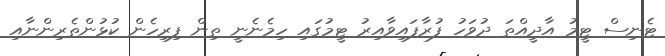
ޓެނިސް ޓީމު އާދީއްތަ ދުވަހު ފުރާފައިވާއިރު ޓީމުގައި ހިމެނެނީ ތިން ފިރިހެން ކުޅުންތެރިންނާއި